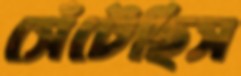
সেঁটেছিস